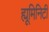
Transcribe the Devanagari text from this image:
ह्यूमिनिटी